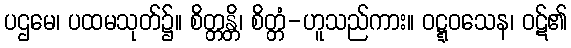
ပဌမေ၊ ပထမသုတ်၌။ စိတ္တန္တိ၊ စိတ္တံ-ဟူသည်ကား။ ဝဋ္ဋဝသေန၊ ဝဋ်၏